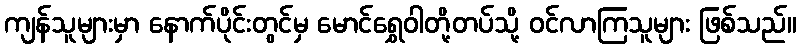
ကျန်သူများမှာ နောက်ပိုင်းတွင်မှ မောင်ရွှေဝါတို့တပ်သို့ ဝင်လာကြသူများ ဖြစ်သည်။